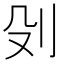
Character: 𠚹